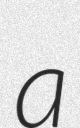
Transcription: a